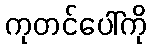
ကုတင်ပေါ်ကို